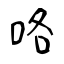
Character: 咯